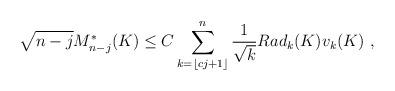
LaTeX: \begin{align*}\sqrt{n-j} M_{n-j}^*(K) \leq C \sum_{k= \lfloor c j + 1 \rfloor }^n \frac{1}{\sqrt{k}} Rad_k(K) v_k(K) ~,\end{align*}